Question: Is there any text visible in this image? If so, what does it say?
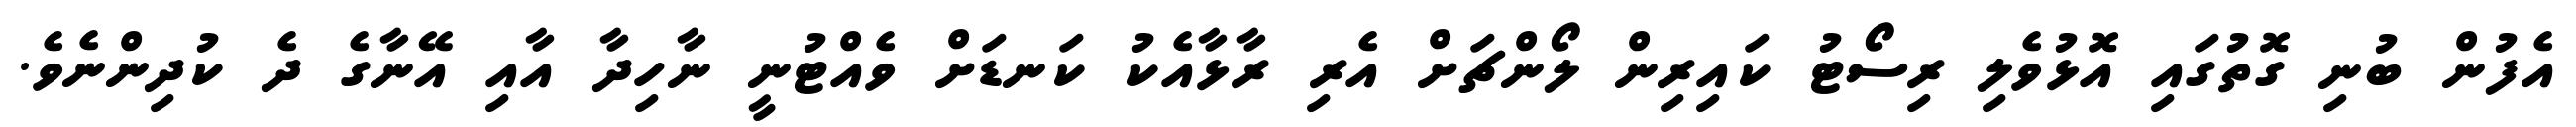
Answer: އެފުން ބުނި ގޮތުގައި އޮޅުވެލި ރިސޯޓު ކައިރިން ލޯންޗަށް އެރި ރާޅާއެކު ކަނޑަށް ވެއްޓުނީ ނާހިދާ އާއި އޭނާގެ ދެ ކުދިންނެވެ.